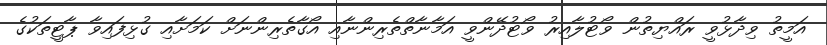
އަމީތު ވިދާޅުވީ ރައްޔިތުން ވޯޓުލާއިރު ވޯޓުދޭންވީ އަމާނާތްތެރިންނާއި އޯގާތެރިންނަށް ކަމަށާއި ގުޅިފައިވާ ޕާޓީތަކުގެ